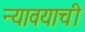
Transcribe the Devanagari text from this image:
न्यावयाची